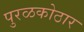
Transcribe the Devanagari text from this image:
पुरळकोठार